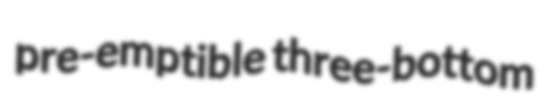
pre-emptible three-bottom